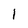
Character: 1